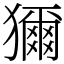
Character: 獮